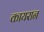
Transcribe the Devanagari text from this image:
कायरान